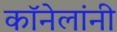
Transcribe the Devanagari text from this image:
कॉनेलांनी